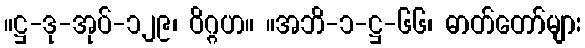
။ဋ္ဌ-ဒု-အုပ်-၁၂၉၊ ဝိဂ္ဂဟ။ ။အဘိ-၁-ဋ္ဌ-၆၆၊ ဓာတ်တော်များ